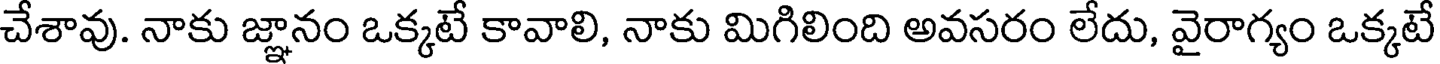
చేశావు. నాకు జ్ఞానం ఒక్కటే కావాలి, నాకు మిగిలింది అవసరం లేదు, వైరాగ్యం ఒక్కటే